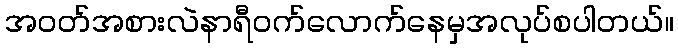
အဝတ်အစားလဲနာရီဝက်လောက်နေမှအလုပ်စပါတယ်။